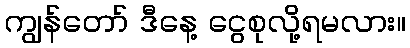
ကျွန်တော် ဒီနေ့ ငွေစုလို့ရမလား။